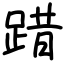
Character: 踖